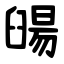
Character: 䑗